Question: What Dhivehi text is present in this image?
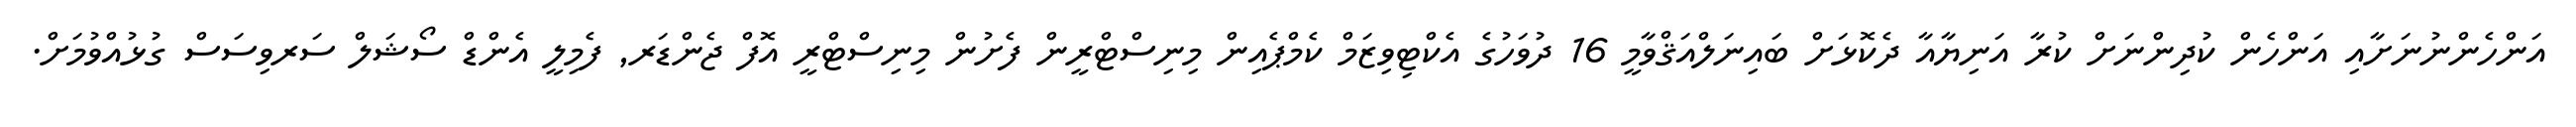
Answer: އަންހެންނުނަށާއި އަންހެން ކުދިންނަށް ކުރާ އަނިޔާއާ ދެކޮޅަށް ބައިނަލްއަޤްވާމީ 16 ދުވަހުގެ އެކްޓިވިޒަމް ކެމްޕެއިން މިނިސްޓްރީން ފެށުން މިނިސްޓްރީ އޮފް ޖެންޑަރ, ފެމިލީ އެންޑް ސޯޝަލް ސަރވިސަސް ގުޅުއްވުމަށް.